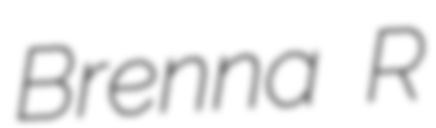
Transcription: Brenna R